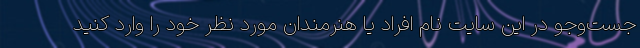
جست‌وجو در این سایت نام افراد یا هنرمندان مورد نظر خود را وارد کنید